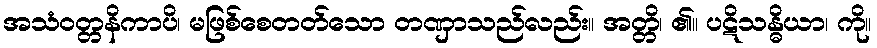
အသံဝတ္တနိကာပိ၊ မဖြစ်စေတတ်သော တဏှာသည်လည်း။ အတ္တိ၊ ၏။ ပဋိသန္ဓိယာ၊ ကို။